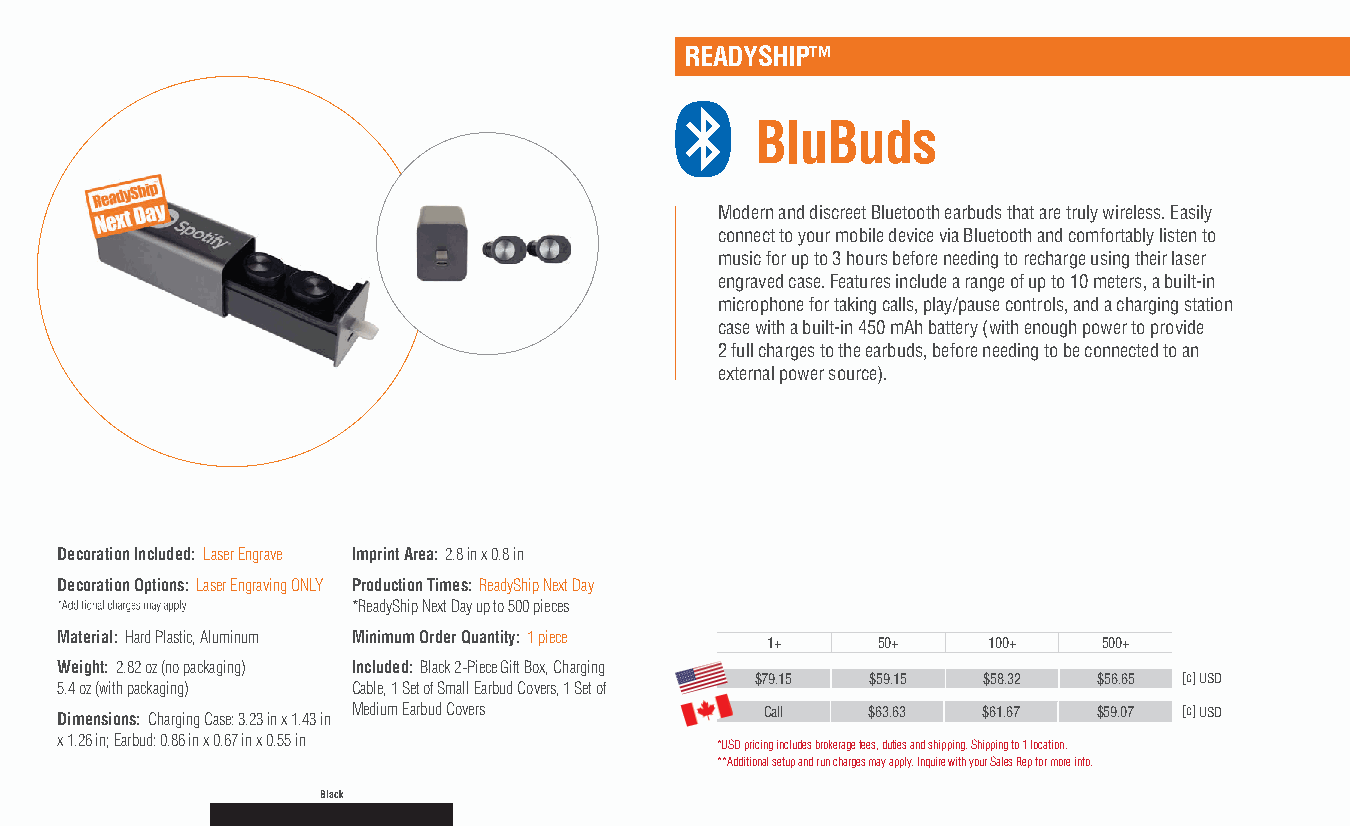
READYSHIP™
 BluBuds
 Modern and discreet Bluetooth earbuds that are truly wireless. Easily
 connect to your mobile device via Bluetooth and comfortably listen to
 music for up to 3 hours before needing to recharge using their laser
 engraved case. Features include a range of up to 10 meters, a built-in
 microphone for taking calls, play/pause controls, and a charging station
 case with a built-in 450 mAh battery (with enough power to provide
 2 full charges to the earbuds, before needing to be connected to an
 external power source).
 Decoration Included: Laser Engrave Imprint Area: 2.8 in x 0.8 in
 Decoration Options: Laser Engraving ONLY Production Times: ReadyShip Next Day
 *ReadyShip Next Day up to 500 pieces
 Material: Hard Plastic, Aluminum Minimum Order Quantity: 1 piece
 1+     50+    100+    500+
 Weight: 2.82 oz (no packaging) Included: Black 2-Piece Gift Box, Charging
 $79.15  $59.15 $58.32  $56.65 [c] USD
 5.4 oz (with packaging) Cable, 1 Set of Small Earbud Covers, 1 Set of
 Dimensions: Charging Case: 3.23 in x 1.43 in Medium Earbud Covers Call $63.63 $61.67 $59.07 [c] USD
 x 1.26 in; Earbud: 0.86 in x 0.67 in x 0.55 in
 *USD pricing includes brokerage fees, duties and shipping. Shipping to 1 location.
 **Additional setup and run charges may apply. Inquire with your Sales Rep for more info.
 Black